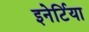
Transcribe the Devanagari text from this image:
इनेर्टिया